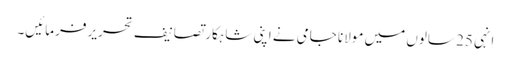
اِنہی 25 سالوں میں مولانا جامی نے اپنی شاہکار تصانیف تحریر فرمائیں۔